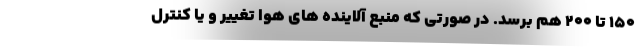
۱۵۰ تا ۲۰۰ هم برسد. در صورتی که منبع آلاینده های هوا تغییر و یا کنترل